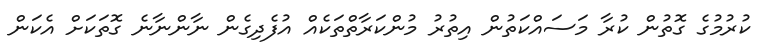
ކުރުމުގެ ގޮތުން ކުރާ މަސައްކަތުން އިތުރު މުންކަރާތްތަކެއް އުފެދިގެން ނާންނާނެ ގޮތަކަށް އެކަން